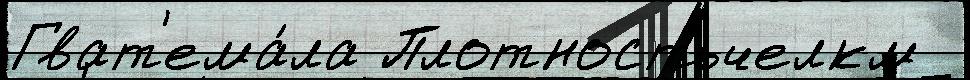
Гват'ема́ла Плотностьчелкм